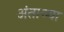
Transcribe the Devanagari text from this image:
अंताच्या